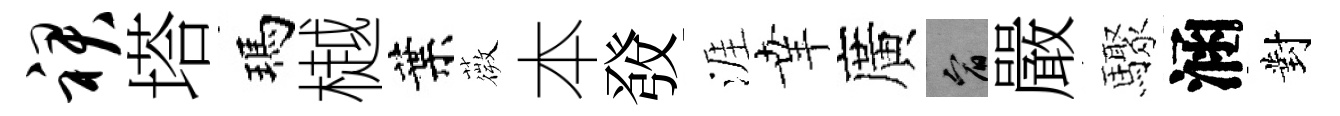
裙塔瑪樾葉薇本𤼲涯𦍒廣宥嚴驟涵對